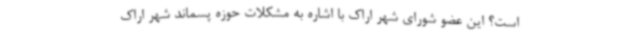
است؟ این عضو شورای شهر اراک با اشاره به مشکلات حوزه پسماند شهر اراک